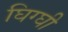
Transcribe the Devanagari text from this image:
घिग्घी